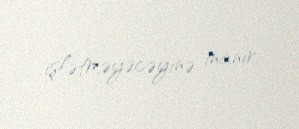
işlətməyəcəyinə inanır.